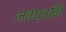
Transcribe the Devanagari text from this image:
भवध्वनि